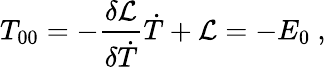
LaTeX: T_{00}=-{\frac{\delta{{\cal L}}}{\delta\dot{T}}}\dot{T}+{\cal L}=-E_{0}\ ,